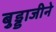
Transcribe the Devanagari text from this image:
बुड्डाजीने